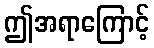
ဤအရာကြောင့်